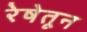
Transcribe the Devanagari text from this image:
रेषेतून